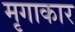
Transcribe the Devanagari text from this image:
मृगाकार